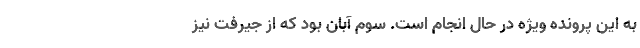
به این پرونده ویژه در حال انجام است. سوم آبان بود که از جیرفت نیز